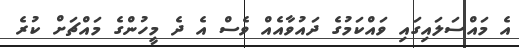
އެ މައްސަލައިގައި ވައްކަމުގެ ދައުވާއެއް ވެސް އެ ދެ މީހުންގެ މައްޗަށް ކުރެ